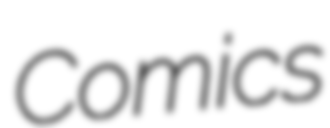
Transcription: Comics